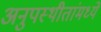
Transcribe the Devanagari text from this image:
अनुपस्थीतांमध्ये